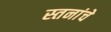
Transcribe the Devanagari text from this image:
स्तनांचे